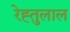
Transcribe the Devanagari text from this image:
रेह्तुलाल